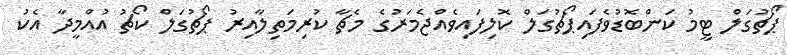
ޕޯޗުގަލް ޓީމު ކަންބޮޑުވެފައިޕޯޗުގަލް ކޮލިފައިވެއްޖެމަރުގެ މެޗާ ކުރިމަތިލާއިރު ޕޯޗުގަލް ކޯޗު އުއްމީދާ އެކު